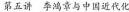
第五讲 李鸿章与中国近代化